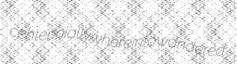
centennially whereinto wandered